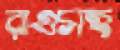
রাওসহ